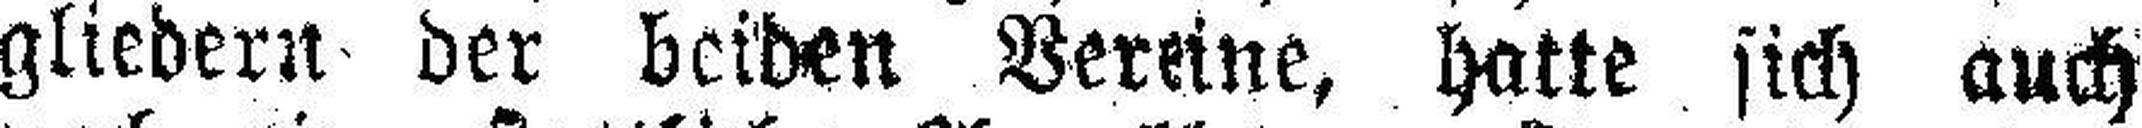
gliedern der beiden Vereine, hatte sich auch